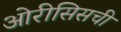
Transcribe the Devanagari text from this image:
ओरीसिसची